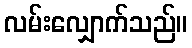
လမ်းလျှောက်သည်။